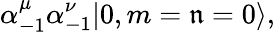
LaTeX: \alpha_{-1}^{\mu}\alpha_{-1}^{\nu}|0,m=\mathfrak{n}=0\rangle,